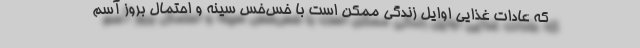
که عادات غذایی اوایل زندگی ممکن است با خس‌خس سینه و احتمال بروز آسم